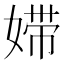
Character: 㛿